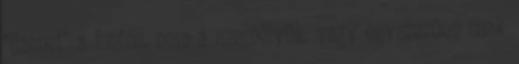
"üzenet" a fontos, nem a személyük. vagy egyszerűen csak